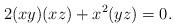
LaTeX: \begin{align*}2(xy)(xz)+x^2(yz)=0.\end{align*}